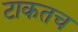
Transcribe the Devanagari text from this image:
टाकतच